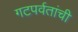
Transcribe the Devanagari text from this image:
गटपर्वतांची